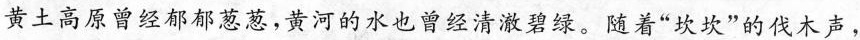
黄土高原曾经郁郁葱葱，黄河的水也曾经清澈碧绿。随着“坎坎”的伐木声，